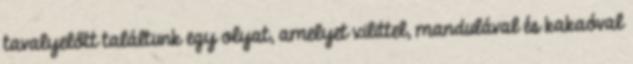
tavalyelőtt találtunk egy olyat, amelyet xilittel, mandulával és kakaóval